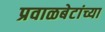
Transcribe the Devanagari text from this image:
प्रवाळबेटांच्या